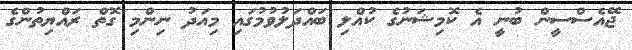
ޖޭއެސްސީން ބުނީ އެ ކޮމިޝަނުގެ ކުއްލި ބައްދަލުވުމުގައި މިއަދު ނިންމި ގޮތް ރައްޔިތުންގެ